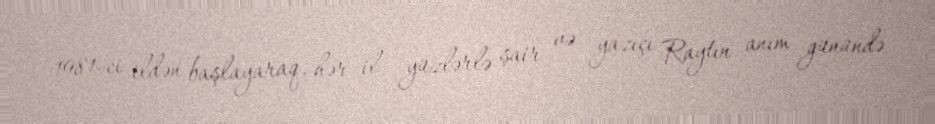
1981-ci ildən başlayaraq, hər il yüzlərlə şair və yazıçı Raytın anım günündə